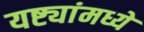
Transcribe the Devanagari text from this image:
यष्ट्यांमध्ये